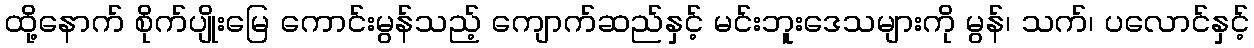
ထို့နောက် စိုက်ပျိုးမြေ ကောင်းမွန်သည့် ကျောက်ဆည်နှင့် မင်းဘူးဒေသများကို မွန်၊ သက်၊ ပလောင်နှင့်